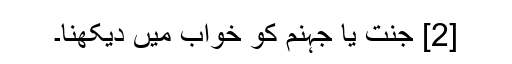
[2] جنت یا جہنم کو خواب میں دیکھنا۔